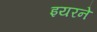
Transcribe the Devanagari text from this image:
इयरने